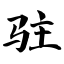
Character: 驻